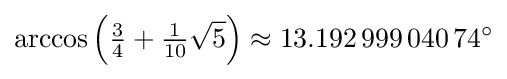
\arccos \left({\tfrac {3}{4}}+{\tfrac {1}{10}}{\sqrt {5}}\right)\approx 13.192\,999\,040\,74^{\circ }